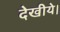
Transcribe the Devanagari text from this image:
देखीये।